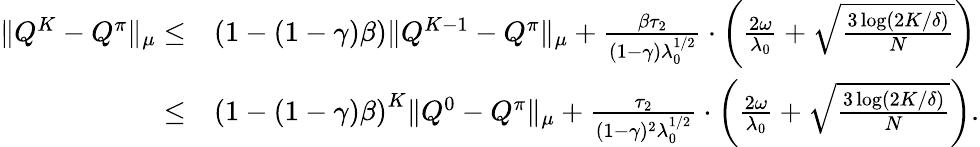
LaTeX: \begin{array}{rl}{\| Q^{K}-Q^{\pi}\| _{\mu}\leq}&{\left(1-(1-\gamma)\beta\right)\| Q^{K-1}-Q^{\pi}\| _{\mu}+\frac{\beta\tau_{2}}{(1-\gamma)\lambda_{0}^{1/2}}\cdot\left(\frac{2\omega}{\lambda_{0}}+\sqrt{\frac{3\log(2K/\delta)}{N}}\right)}\\ {\leq}&{\left(1-(1-\gamma)\beta\right)^{K}\| Q^{0}-Q^{\pi}\| _{\mu}+\frac{\tau_{2}}{(1-\gamma)^{2}\lambda_{0}^{1/2}}\cdot\left(\frac{2\omega}{\lambda_{0}}+\sqrt{\frac{3\log(2K/\delta)}{N}}\right).}\end{array}